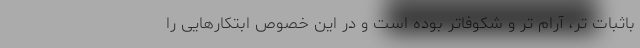
باثبات تر، آرام تر و شکوفاتر بوده است و در این خصوص ابتکارهایی را